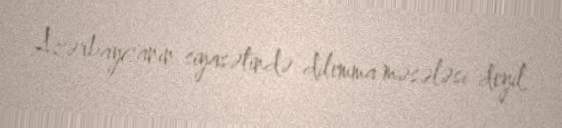
Azərbaycanın siyasətində dilemma məsələsi deyil.